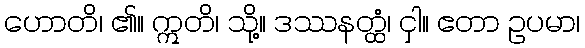
ဟောတိ၊ ၏။ ဣတိ၊ သို့။ ဒဿနတ္ထံ၊ ငှါ။ ဧတာ ဥပမာ၊